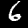
Label: 6